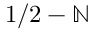
1 / 2 - \mathbb { N }